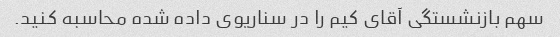
سهم بازنشستگی آقای کیم را در سناریوی داده شده محاسبه کنید.